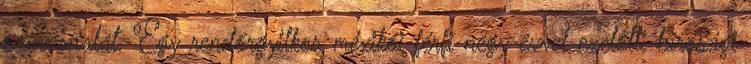
színvonalát. Egy rendőrgyilkos mexikói férfi négy évvel ezelőtti bírósági